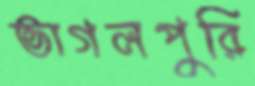
ভাগলপুরি